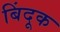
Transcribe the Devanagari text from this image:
बिंदूक